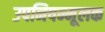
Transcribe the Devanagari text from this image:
उपनिषन्मूलक